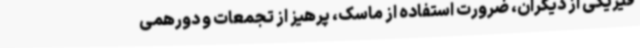
فیزیکی از دیگران، ضرورت استفاده از ماسک، پرهیز از تجمعات و دورهمی